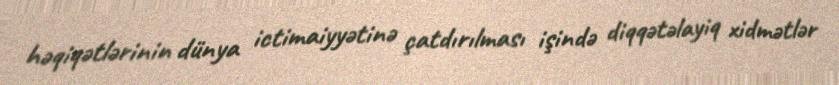
həqiqətlərinin dünya ictimaiyyətinə çatdırılması işində diqqətəlayiq xidmətlər